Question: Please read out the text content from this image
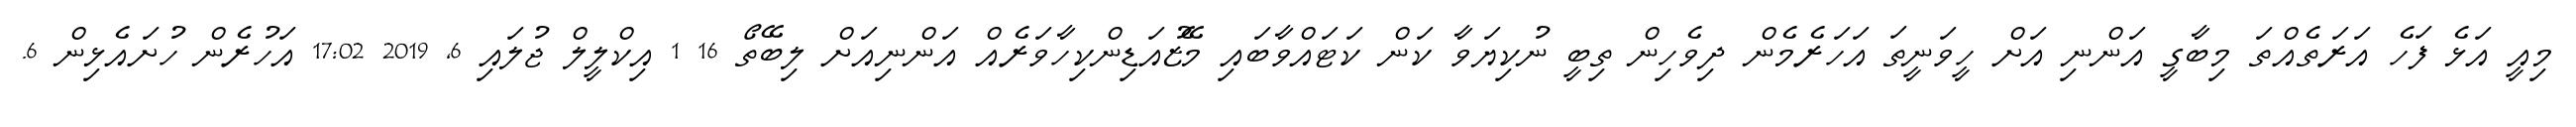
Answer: މިއީ އަޅެ ފަހެ އަރަތެއްތަ މިބާގީ އަންނި އަށް ހީވަނީތަ އަހަރެމެން ދިވެހިން ތިބީ ނުކިޔަވާ ކަން ކަޓައްވާބައި މޭޒުއަޑިންކިހާވަރެއް އަންނިއަށް ލިބޭތޯ 16 1 އިކްލީލް ޖުލައި 6, 2019 17:02 އަހުރެން ހުށައެޅިން 6.